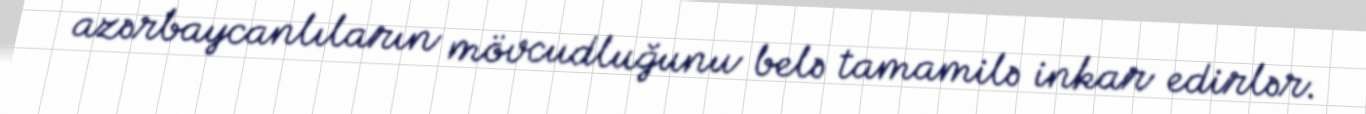
azərbaycanlıların mövcudluğunu belə tamamilə inkar edirlər.